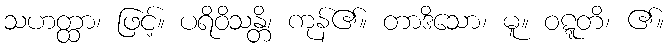
သဟတ္ထာ၊ ဖြင့်။ ပရိဝိသန္တိ၊ ကုန်၏။ တာဒိသော၊ မူ။ ဝဋ္ဋတိ၊ ၏။